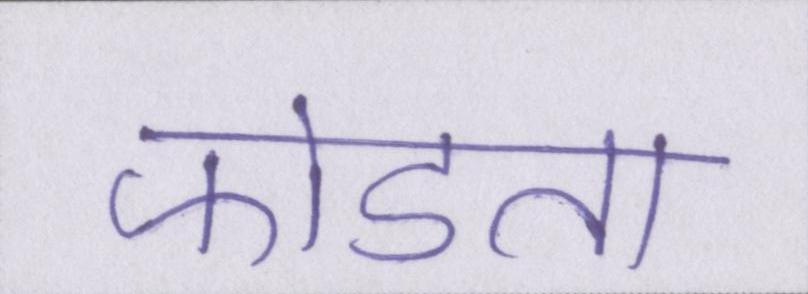
फोडता